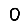
Digit: 0